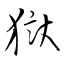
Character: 獄